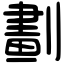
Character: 劃